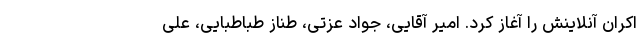
اکران آنلاینش را آغاز کرد. امیر آقایی، جواد عزتی، طناز طباطبایی، علی